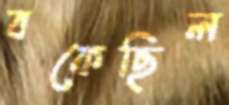
বকেছিল